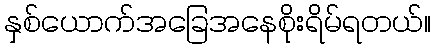
နှစ်ယောက်အခြေအနေစိုးရိမ်ရတယ်။